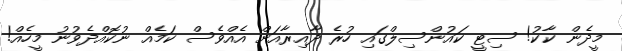
މީދެން ކާކު! ސިޓީ ކައުންސިލްގައި ހުރެ ދާއިރާއަށް އެއްވެސް ކަމެއް ނުކޮއްދެވުނު މީހެއް!